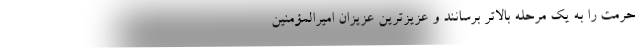
حرمت را به یک مرحله بالاتر برسانند و عزیزترین عزیزان امیرالمؤمنین